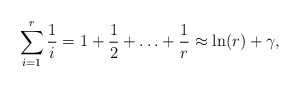
\begin{align*}\sum_{i=1}^{r} \frac{1}{i} =1+\frac{1}{2} +\ldots + \frac{1}{r} \approx \ln(r)+\gamma,\end{align*}